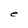
Character: e